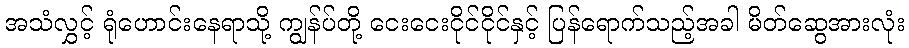
အသံလွှင့် ရုံဟောင်းနေရာသို့ ကျွန်ပ်တို့ ငေးငေးငိုင်ငိုင်နှင့် ပြန်ရောက်သည့်အခါ မိတ်ဆွေအားလုံး